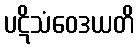
ပဋိသံဝေဒယတိ